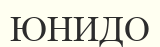
ЮНИДО